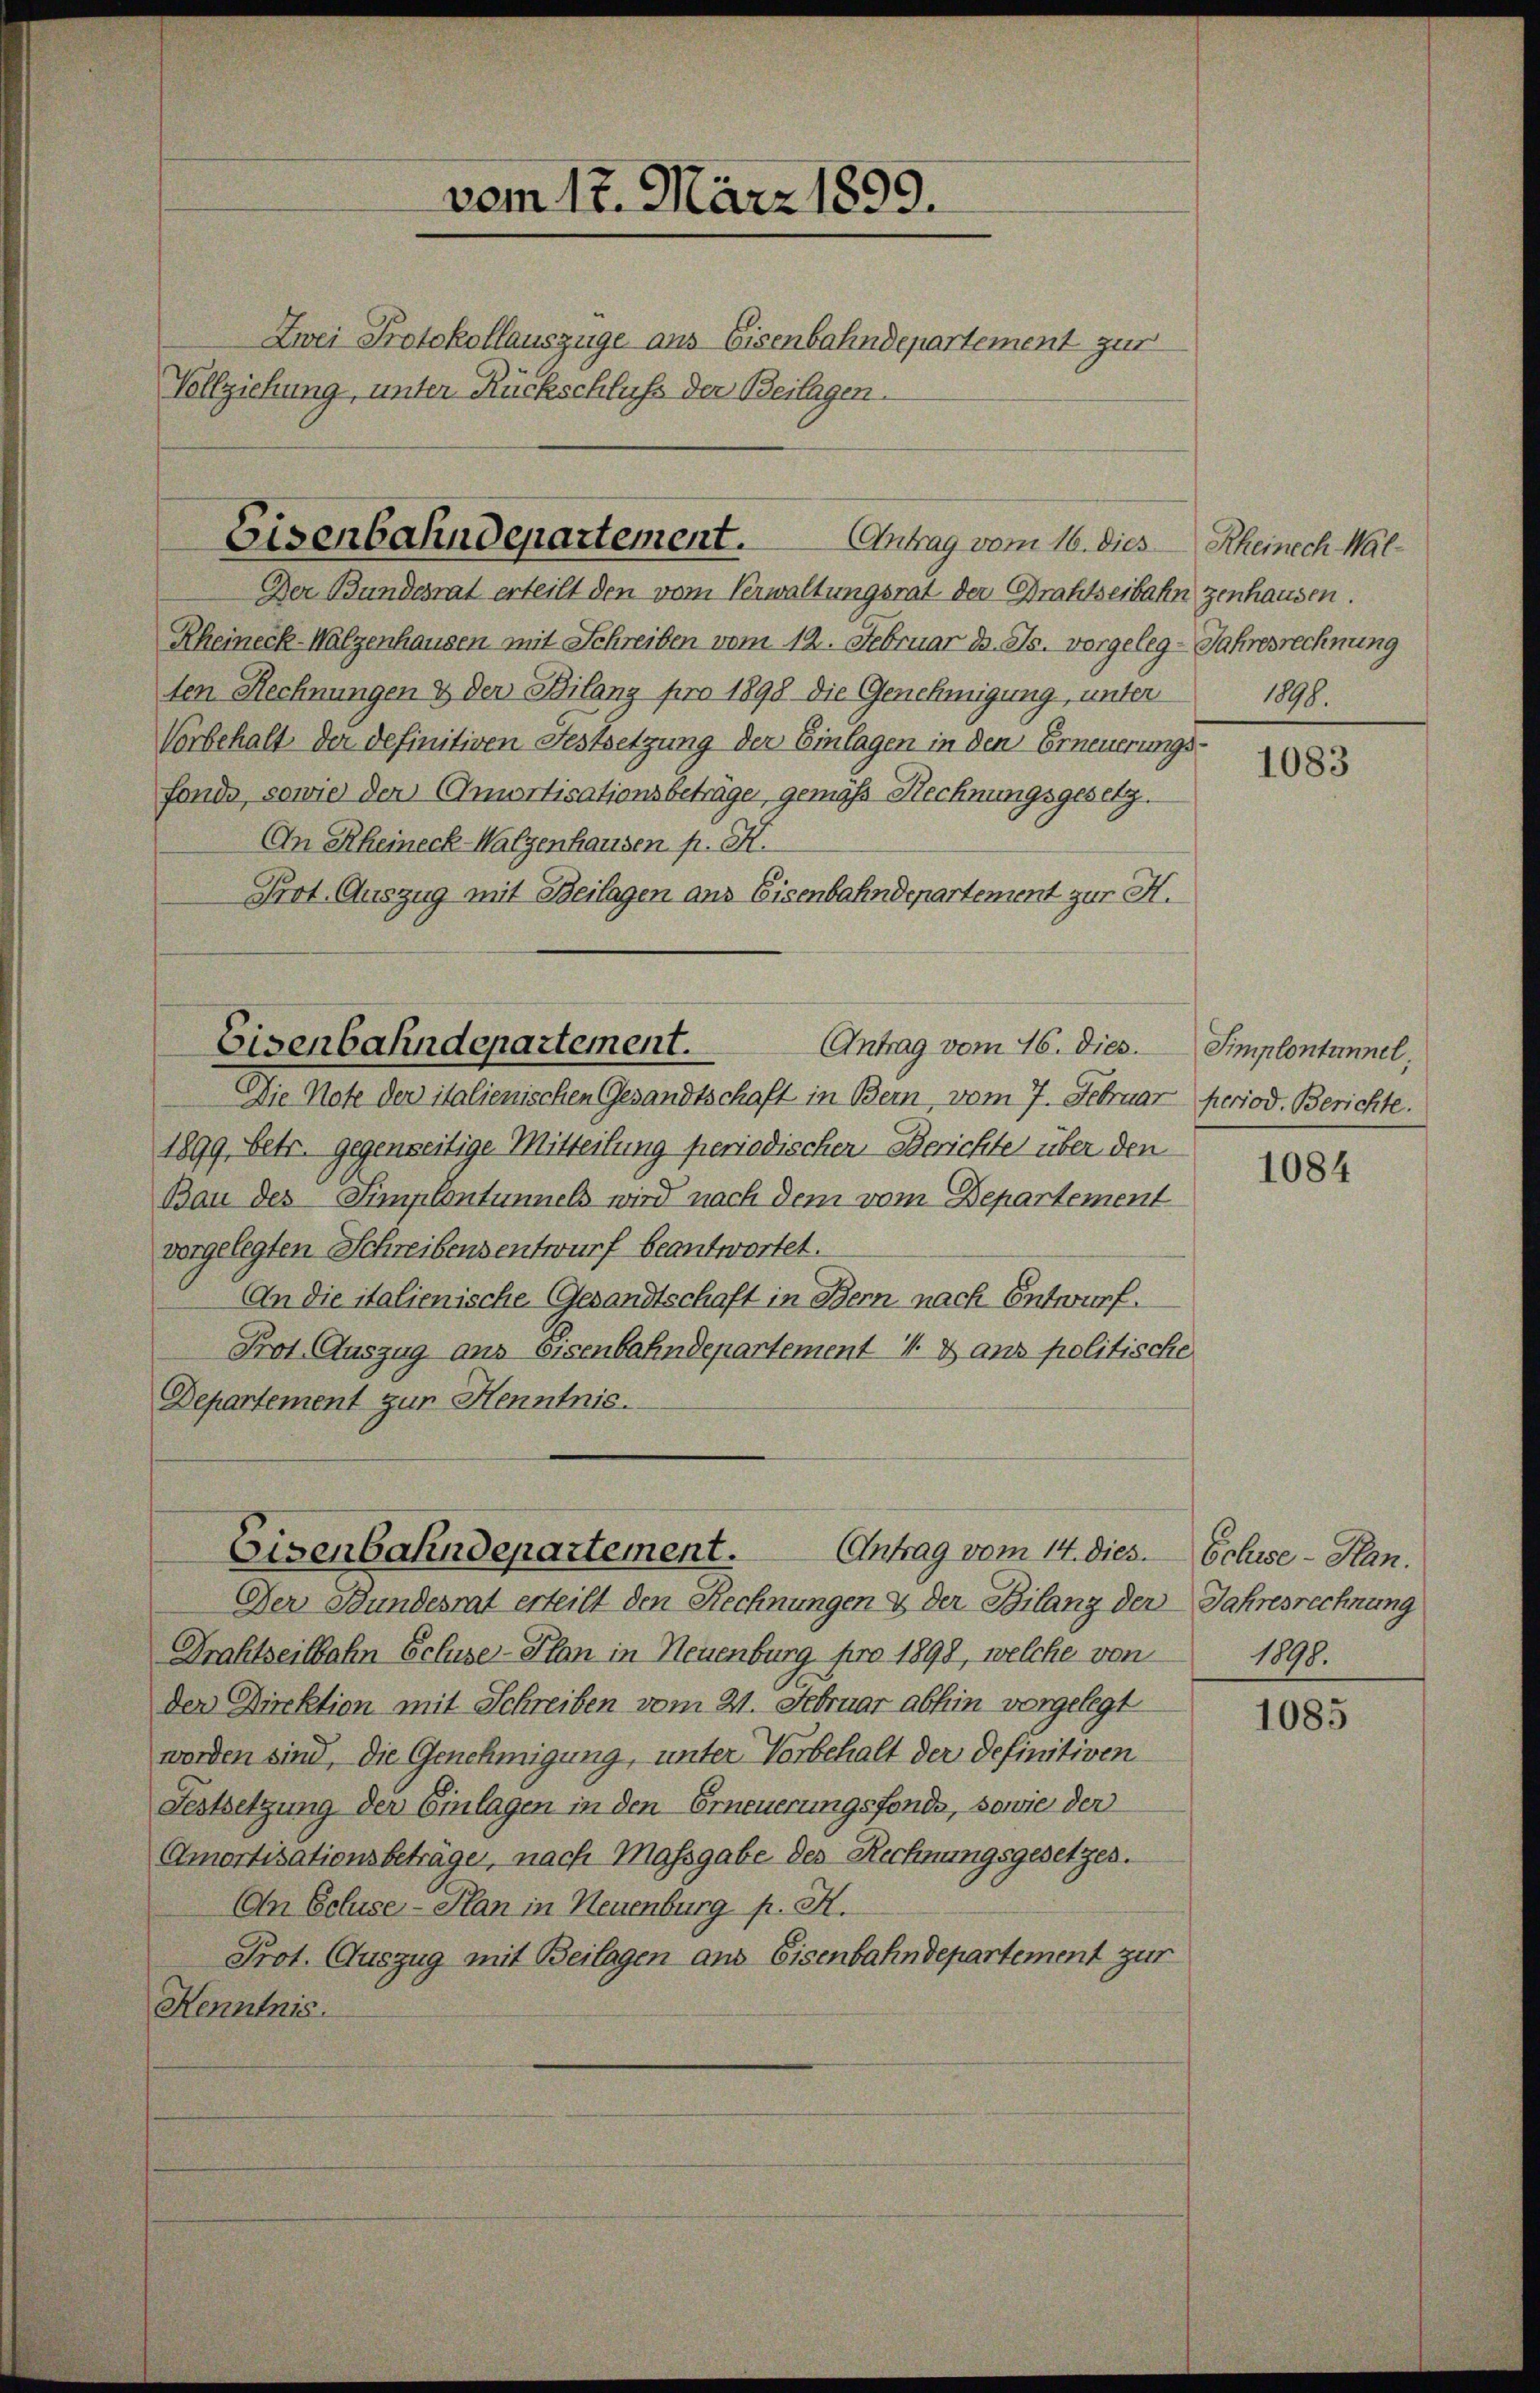
vom 17. März 1899.
Zwei Protokollauszüge aus Eisenbahndepartement zur
Vollziehung, unter Rückschluss der Beilagen.

Eisenbahndepartement. Antrag vom 16. dies Rheinach Wal¬

Der Bundesrat erteilt den vom Verwaltungsrat der Drahtseibahn zenhausen.
Rheineck-Walzenhausen mit Schreiben vom 12. Februar d. Js. vorgeleg-Jahresrechnung
ten Rechnungen & der Bilanz pro 1898 die Genehmigung, unter
Vorbehalt der definitiven Festsetzung der Einlagen in den Erneuerungs-
fonde, sowie der Amortisationsbeträge, gemäß Rechnungsgesetz
An Rheineck-Walzenhausen p. K.
Prot. Auszug mit Beilagen ans Eisenbahndepartement zur H.
Eisenbahndepartement.
Antrag vom 16. dies. Simplontannel,
Die Note der italienischen Gesandtschaft in Bern, vom 7. Februar period. Berichte.
1899, betr. gegenseitige Mitteilung periodischer Berichte über den
Bau des Simplontunnels wird nach dem vom Departement
vorgelegten Schreibensentwurf beantwortet.
An die italienische Gesandtschaft in Bern nach Entwurf.
Prot. Auszug aus eisenbahndepartement V. 8 ans politische
Departement zur Henntnis.

Eisenbahndepartement.
Antrag vom 14. dies Schuse - Han.
Der Bundesrat erteilt den Rechnungen & der Bilanz der Jahresrechnung

Drahtzeitbahn Ecluse-Plan in Neuenburg, pro 1898, welche von
der Direktion mit Schreiben vom 21. Februar abhin vorgelegt
worden sind, die Genehmigung, unter Vorbehalt der definitiven
Festsetzung der Einlagen in den Erneuerungsfonde, sowie der
Amortisationsbeträge, nach Massgabe des Rechnungsgesetzes.
An Ecluse-Han in Neuenburg p. K.
Prot. Auszug mit Beilagen aus Eisenbahndepartement zur
Kenntnis.

1898.

1083

1084

1898.

1085